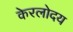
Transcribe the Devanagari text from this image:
केरलोदय